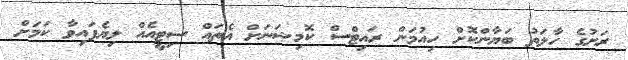
ރަށުގެ ހާލަތު ބަޔާންކޮށް ހިއުމަން ރައިޓްސް ކޮމިޝަނަށް އެތައް ސިޓީއެއް ލިޔެފައިވާ ކަމަށް